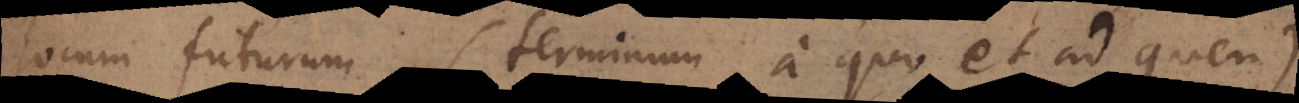
locum futurum (terminum a quo et ad quem),